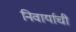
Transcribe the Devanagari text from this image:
निवार्याची